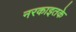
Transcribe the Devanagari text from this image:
नरकाइतके